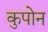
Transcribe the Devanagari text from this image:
कुपोन